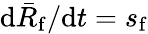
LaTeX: \mathrm{d}\bar{R}_{\mathrm{f}}/\mathrm{d}t=s_{\mathrm{f}}